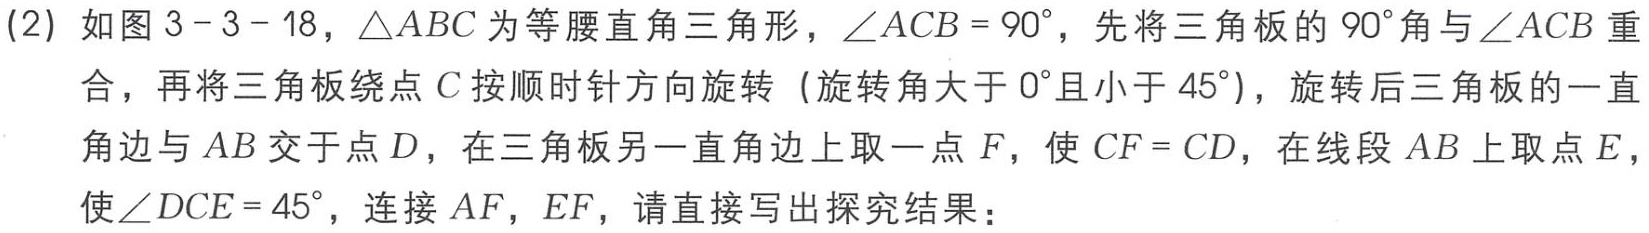
(2) 如图3 - 3 - 18，\(\triangle ABC\)为等腰直角三角形，\(\angle ACB = 90^{\circ}\)，先将三角板的\(90^{\circ}\)角与\(\angle ACB\)重合，再将三角板绕点\(C\)按顺时针方向旋转（旋转角大于\(0^{\circ}\)且小于\(45^{\circ}\)），旋转后三角板的一直角边与\(AB\)交于点\(D\)，在三角板另一直角边上取一点\(F\)，使\(CF = CD\)，在线段\(AB\)上取点\(E\)，使\(\angle DCE = 45^{\circ}\)，连接\(AF\)，\(EF\)，请直接写出探究结果：